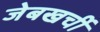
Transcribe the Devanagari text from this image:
जेबखर्ची